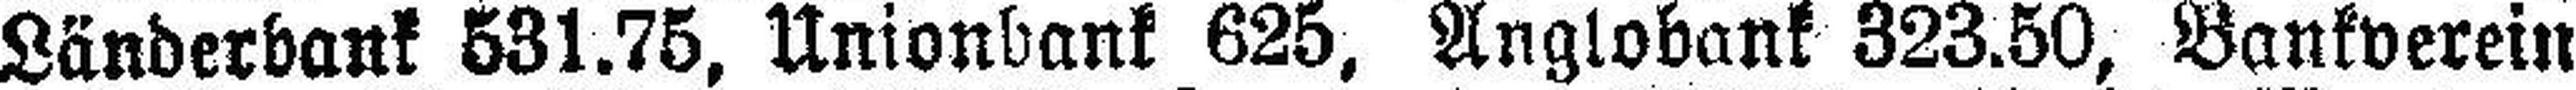
Länderbank 531.75, Unionbank 625, Anglobank 323.50, Bankverein